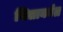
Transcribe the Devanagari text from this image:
सिताकांत